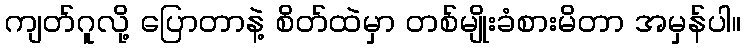
ကျတ်ဂူလို့ ပြောတာနဲ့ စိတ်ထဲမှာ တစ်မျိုးခံစားမိတာ အမှန်ပါ။